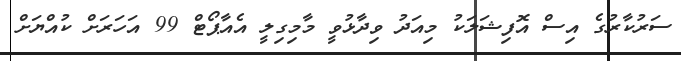
ސަރުކާރުގެ އިސް އޮފިޝަލަކު މިއަދު ވިދާޅުވީ މާމިގިލީ އެއާޕޯޓް 99 އަހަަރަށް ކުއްޔަށް